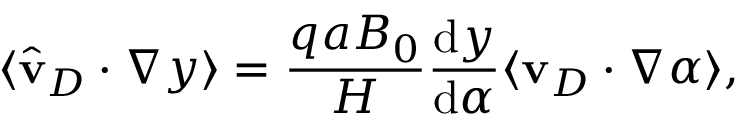
\langle \hat { \mathbf { v } } _ { D } \cdot \nabla y \rangle = \frac { q a B _ { 0 } } { H } \frac { \mathrm { d } y } { \mathrm { d } \alpha } \langle \mathbf { v } _ { D } \cdot \nabla \alpha \rangle ,